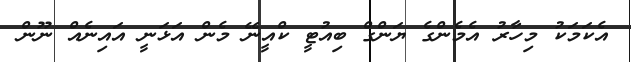
އެކަމަކު މިހާރު އެމެންގެ ޔަންގް ބިއުޓީ ކްއީނޭ މެން އަޅަނީ އައިނެއް ނޫން